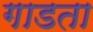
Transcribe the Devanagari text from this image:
गाडता